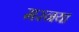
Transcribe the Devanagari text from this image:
मरनया